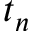
t _ { n }